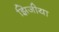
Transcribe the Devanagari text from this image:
झिजीया